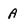
Character: A